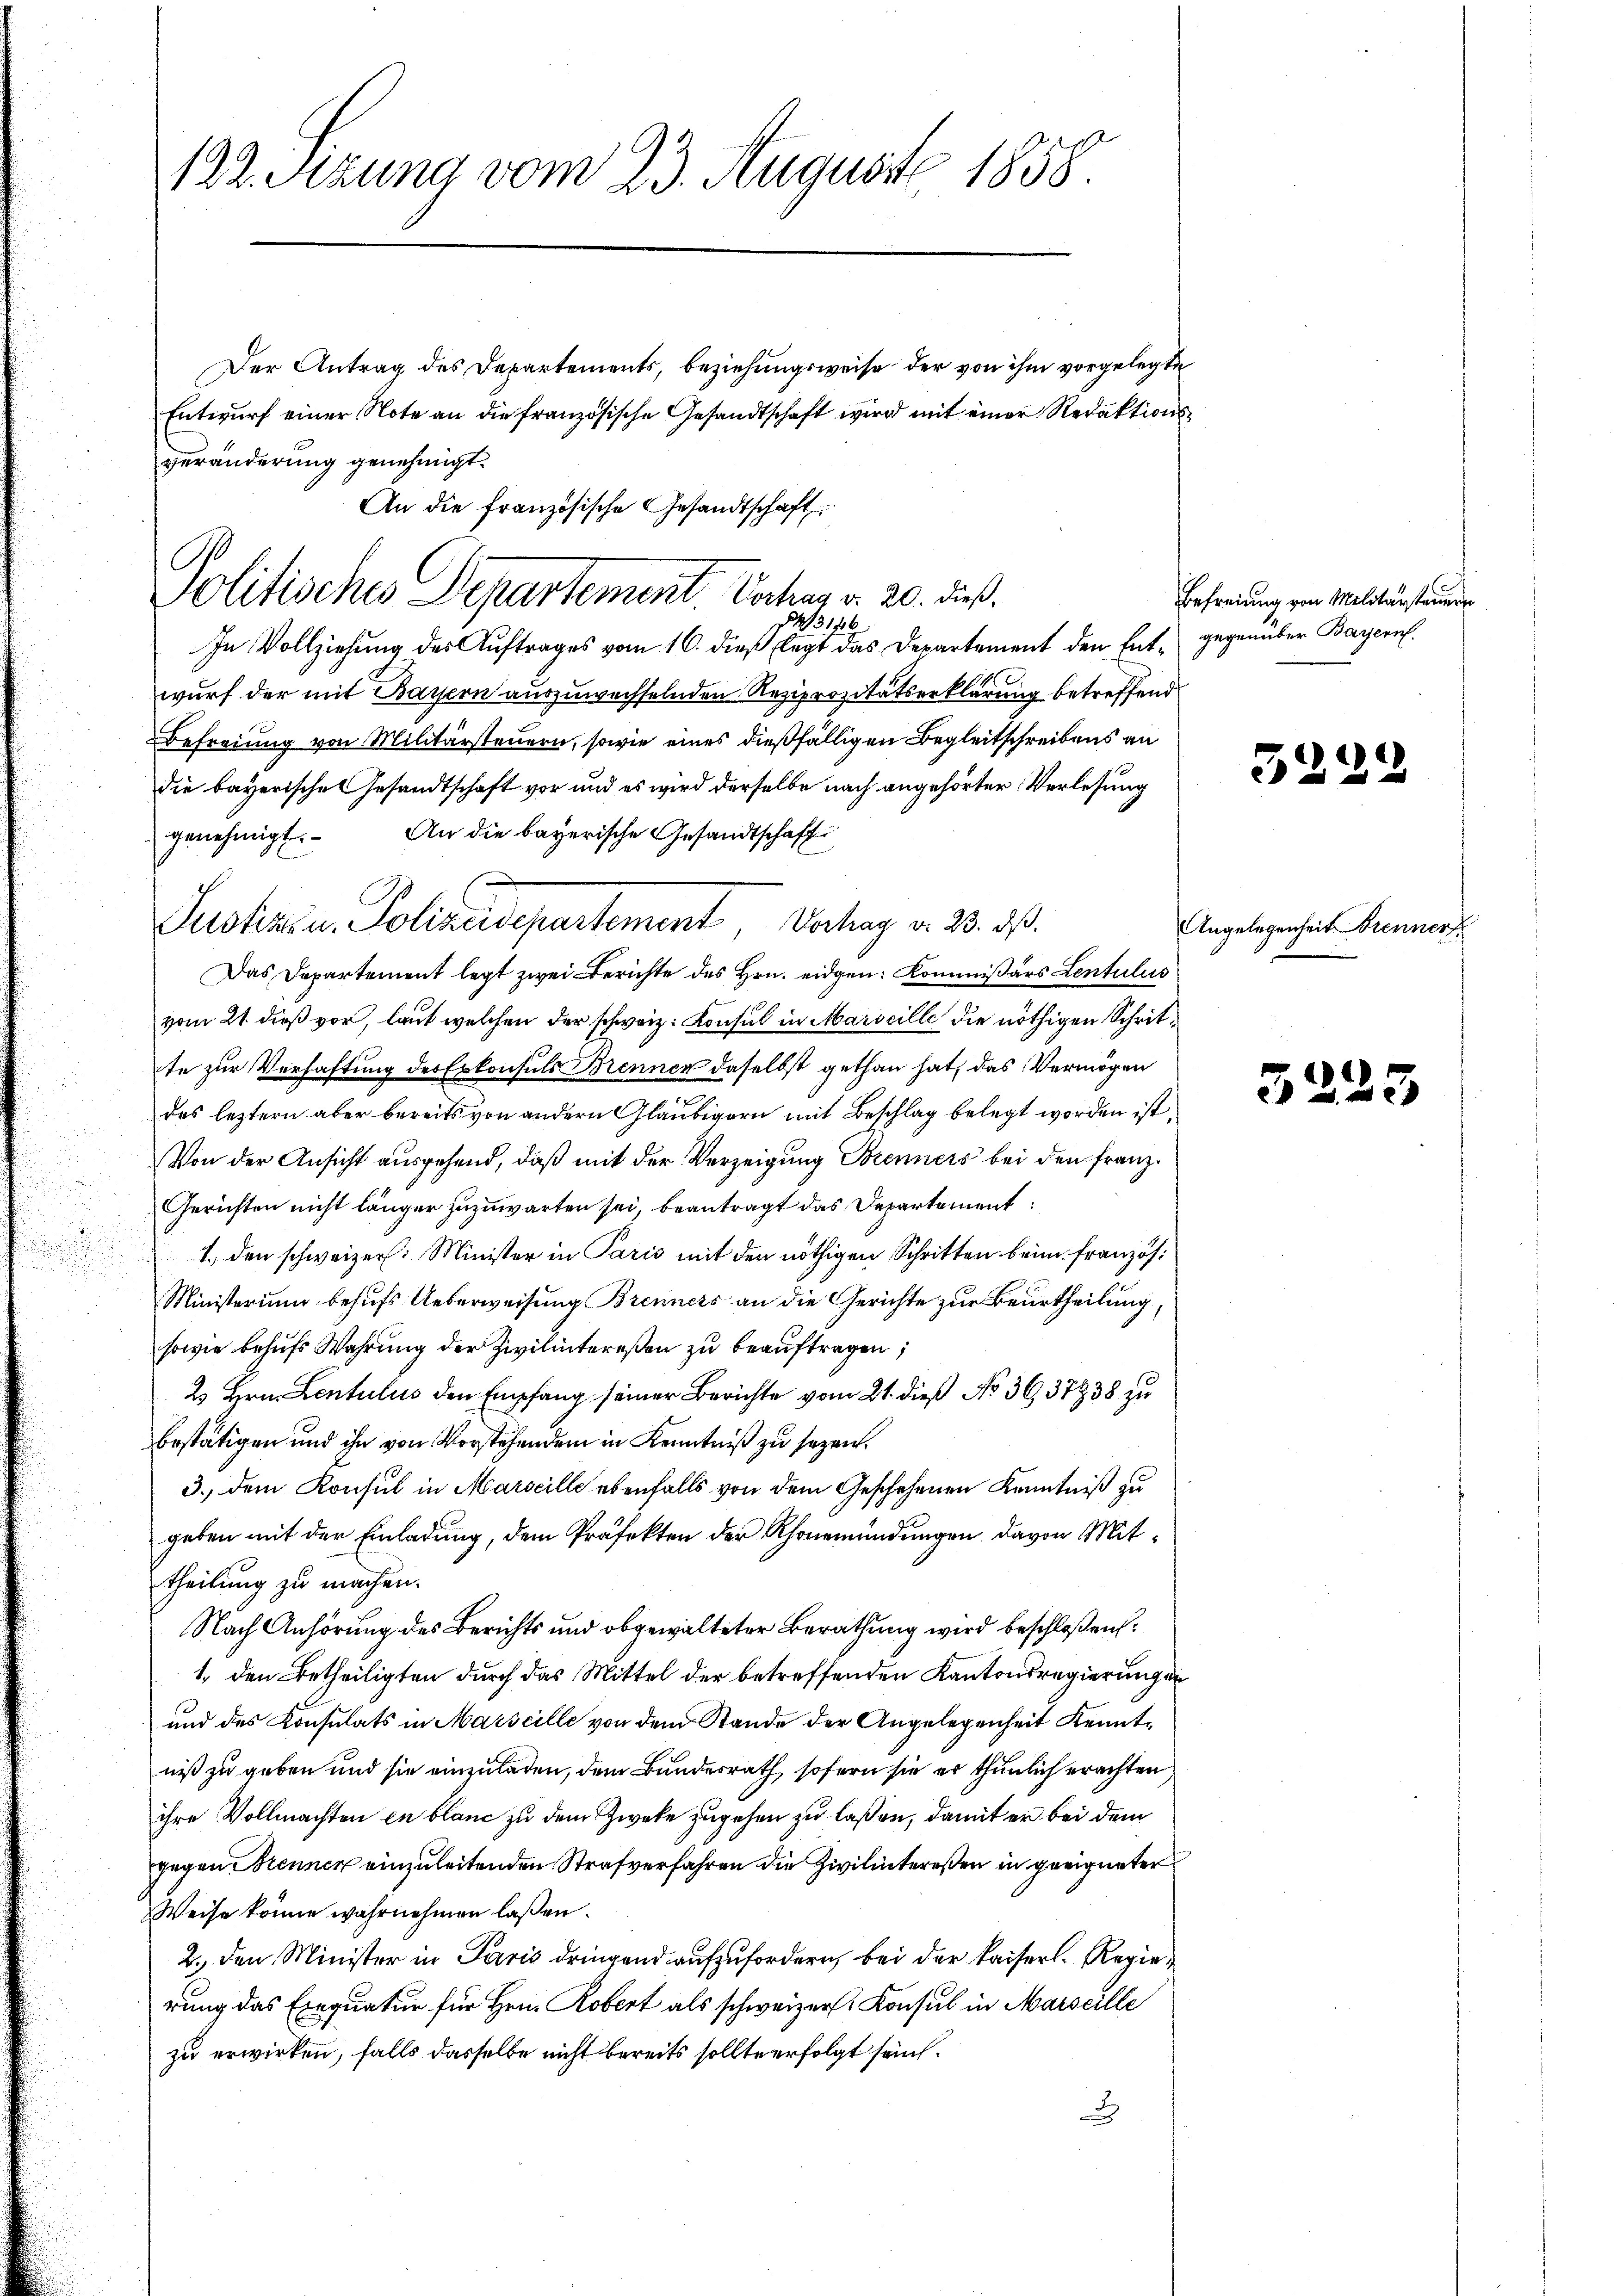
122. Sezung vom 23. August 1858.

Der Antrag des Departements, beziehungsweise der von ihm vorgelegte
Entwurf einer Note an die französische Gesandtschaft wird mit einer Redaktionsveränderung genehmigt.
In Vollziehung des Auftrages vom 16. dieß legt das Departement den Ent- gegenüber Bayern.
wurf der mit Bayern auszuwechselnden Reziprozitätserklärung betreffend
Befreiung von Militärsteuern, sowie eines dießfälligen Begleitschreibens an
die bayerische Gesandtschaft vor und es wird derselbe nach angehörter Verlesung
genehmigt. An die bayerische Gesandtschaft
Das Departement legt zwei Berichte des Hrn. eidgen: Kommißärs Lentulus
vom 21. dieß vor, laut welchen der schweiz. Konsul in Marseille die nöthigen Schritte zur Verhaftung des Erkonsuls Brennen daselbst gethan hat, das Vermögen
des leztern aber bereits von andern Gläubigern mit Beschlag belegt worden ist.
Von der Ansicht ausgehend, daß mit der Verzeigung Brenners bei den Franz¬
Gerichten nicht länger zuzuwarten sei, beantragt das Departement
s

1., den schweizer. Minister in Paris mit den nöthigen Schritten beim französ¬
Ministerium behufs Ueberweisung Brenners an die Gerichte zur Beurtheilung,
sowie behŭfs Wahrung der Zivilintereßen zu beauftragen;
2 Hrn. Lentulus den Empfang seiner Berichte vom 21. dieß No 3637838 zu
bestätigen und ihn von Vorstehendem in Kenntniß zu sezen.
3.) dem Konsul in Marseille ebenfalls von dem Geschehenen Kenntniß zu
geben mit der Einladung, dem Präfekten der Rhonemündungen davon Mittheilung zu machen.
Nach Anhörung des Berichts und obgewalteter Berathung wird beschloßen:
1., den Betheiligten durch das Mittel der betreffenden Kantonsregierungen
und des Konsulats in Marseille von dem Stande der Angelegenheit Kenntniß zu geben und sie einzuladen, dem Bundesrath, sofern sie er thunlich erachten
ihre Vollmachten in blanc zu dem Zweke zugehen zu laßen, damit er bei dem
gegen Brennen einzuleitenden Strafverfahren die Zivilintereßen in geeigneter
Weise könne wahrnehmen lassen.
2., den Minister in Paris dringend aufzufordern, bei der Kaiserl. Regie
rung das Exequatur für Hrn. Robert als schweizer Konsul in Marseille
zu erwirken, falls dasselbe nicht bereits sollte erfolgt sein.
x

An die französische Gesandtschaft
Politisches Departement. Portung v. 20. dieß.
843176

Justiz- u. Polizeidepartement, Vortrag v. 23. dß.

Befreiung von Militärsteuern

32.

Angelegenheit Brenner

2

3223